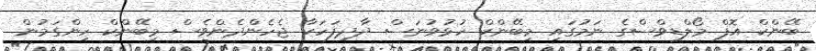
ބޭންކް އޮފް މޯލްޑިވްސްގެ ނަމުގައި މިބޭންކް ހުޅުވުނަސް ދާދިފަހަކާ ޖެހެންދެންވެސް މިބޭންކް ހިންގަމުން